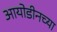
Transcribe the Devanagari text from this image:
आयोडीनच्या